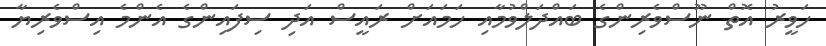
ހަވީރު އޮތް ނޫސްވެރިންގެ ބައްދަލްވުމާއި ހަމައަށް ރައީސް އަދި ސިފައިންގެ އެންމެ އިސްވެރިޔާ